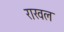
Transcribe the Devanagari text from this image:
राखल